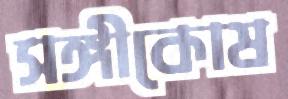
সঙ্গীকোষ